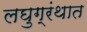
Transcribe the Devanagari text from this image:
लघुग्रंथात